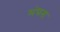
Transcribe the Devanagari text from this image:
मंधना